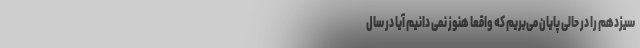
سیزدهم را در حالی پایان می‌بریم که واقعاً هنوز نمی دانیم آیا در سال